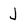
Character: j